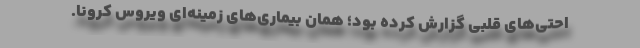
احتی‌های قلبی گزارش کرده بود؛ همان بیماری‌های زمینه‌ای ویروس کرونا.